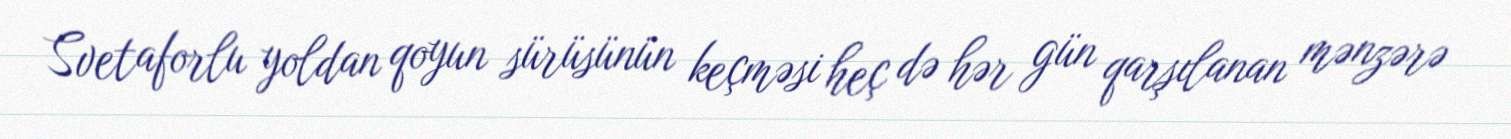
Svetaforlu yoldan qoyun sürüsünün keçməsi heç də hər gün qarşılanan mənzərə